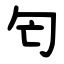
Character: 匄